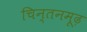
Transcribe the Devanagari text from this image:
चिन्तनमूढ़